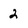
Character: 2